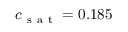
c _ { \mathrm { ~ s ~ a ~ t ~ } } = 0 . 1 8 5